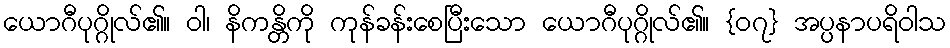
ယောဂီပုဂ္ဂိုလ်၏။ ဝါ၊ နိကန္တိကို ကုန်ခန်းစေပြီးသော ယောဂီပုဂ္ဂိုလ်၏။ {၀၇} အပ္ပနာပရိဝါသ